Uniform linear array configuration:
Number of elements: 32
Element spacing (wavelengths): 0.5
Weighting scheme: exponential
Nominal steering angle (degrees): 0
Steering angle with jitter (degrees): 0.7997
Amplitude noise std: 0.05
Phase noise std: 0.05

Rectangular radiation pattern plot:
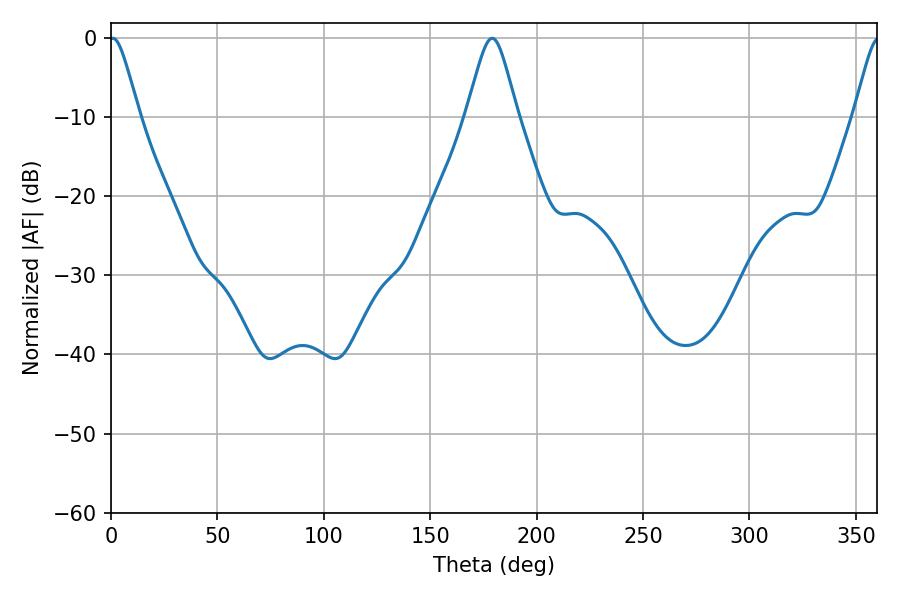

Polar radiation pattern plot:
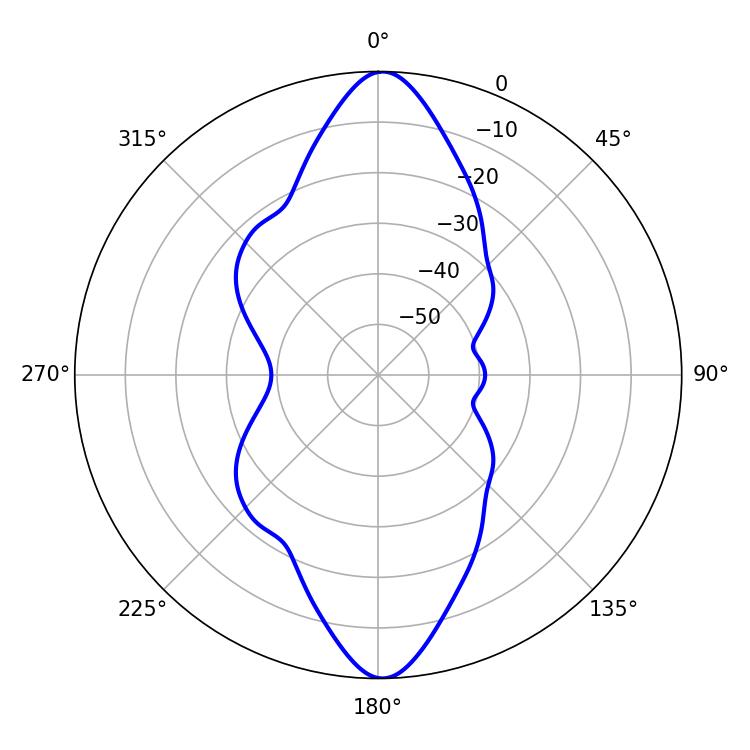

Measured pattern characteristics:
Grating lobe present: FALSE
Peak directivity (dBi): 24.868
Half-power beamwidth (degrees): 6.66
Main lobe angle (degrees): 0.9